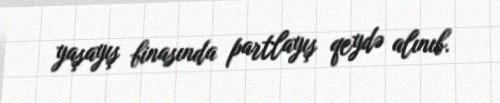
yaşayış binasında partlayış qeydə alınıb.